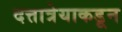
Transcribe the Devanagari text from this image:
दत्तात्रेयाकडून